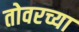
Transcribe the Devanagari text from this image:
तोवरच्या